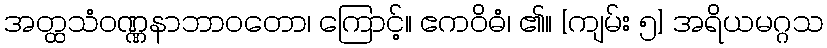
အတ္ထသံဝဏ္ဏနာဘာဝတော၊ ကြောင့်။ ဧကဝိဓံ၊ ၏။ [ကျမ်း ၅] အရိယမဂ္ဂသ